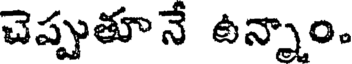
చెప్పుతూనే ఉన్నాం.